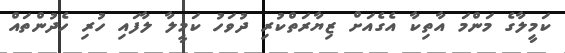
ކަމީލާގެ މަންމަ އާތިކާ އެގެއަށް ޒިޔާރަތްކުރި ދުވަހު ކަމީލާ ލާފައި ހުރި ހެދުންތައް